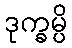
ဒုက္ခမ္ပိ